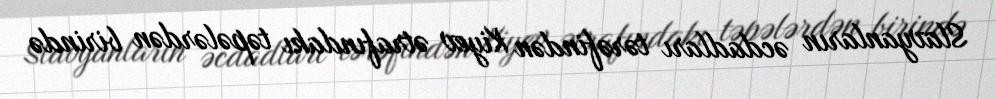
Slavyanların əcdadları tərəfindən Kiyev ətrafındakı təpələrdən birində